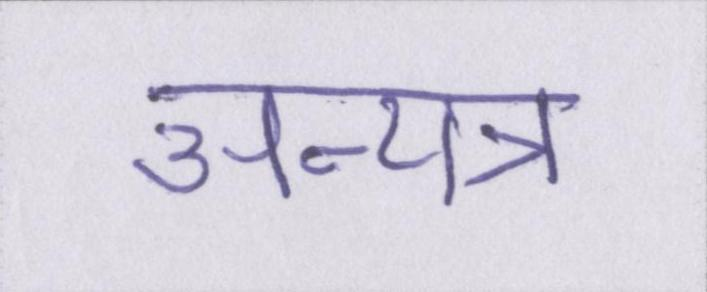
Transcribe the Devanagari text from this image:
अन्यत्र